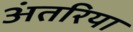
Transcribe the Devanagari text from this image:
अंतरिया